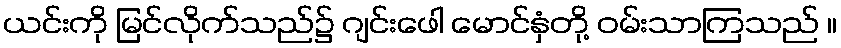
ယင်းကို မြင်လိုက်သည်၌ ဂျင်းဖေါ မောင်နှံတို့ ဝမ်းသာကြသည် ။